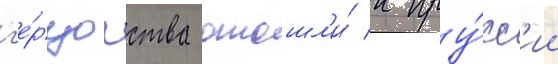
г'е́рцогства отошл'и́ к пру́сс'ии